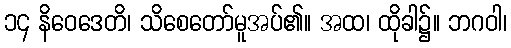
၁၄ နိဝေဒေတိ၊ သိစေတော်မူအပ်၏။ အထ၊ ထိုခါ၌။ ဘဂဝါ၊